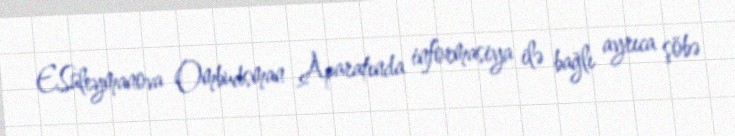
E.Süleymanova Ombudsman Aparatında informasiya ilə bağlı ayrıca şöbə